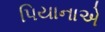
પિયાનાએ